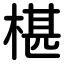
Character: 椹